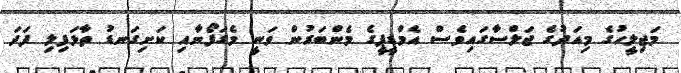
މަޖިލީހުގެ މިއަދުގެ ޖަލްސާގައިވެސް އެމްޑީޕީގެ މެންބަރުން ވަނީ މެގަފޯނާއި ކަށިގަނޑު ތާޅަފިލި ފަދަ